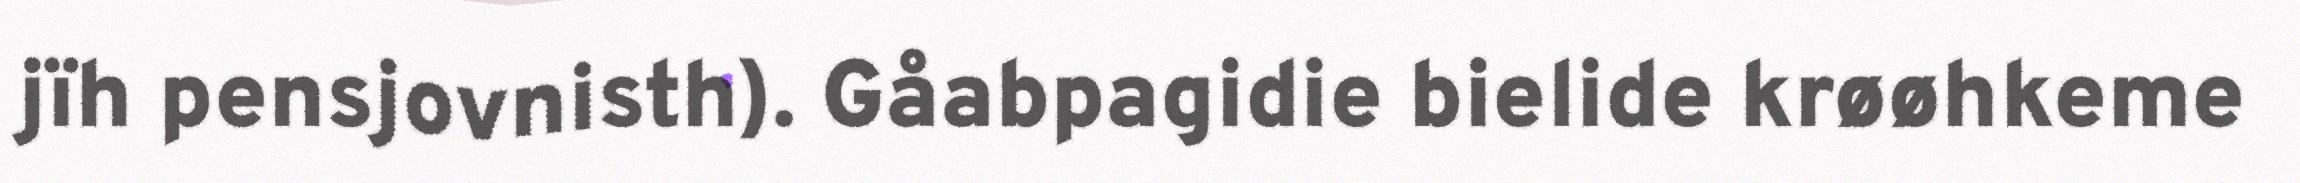
jïh pensjovnisth). Gåabpagidie bielide krøøhkeme